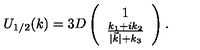
U _ { 1 / 2 } ( k ) = 3 D \left( \begin{array} { c c } { 1 } \\ { \frac { k _ { 1 } + i k _ { 2 } } { | \vec { k } | + k _ { 3 } } } \\ \end{array} \right) .